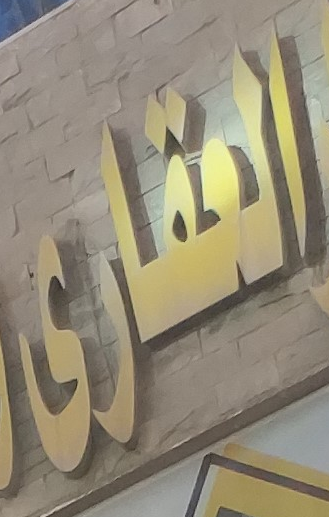
العقارى